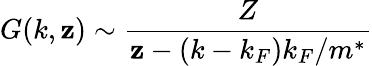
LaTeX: G(k,\mathbf{z})\sim\frac{{Z}}{{\mathbf{z}-(k-k_{F})k_{F}/m^{*}}}